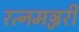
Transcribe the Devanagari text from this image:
रत्नमञ्जरी